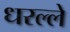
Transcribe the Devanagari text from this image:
धरल्ले